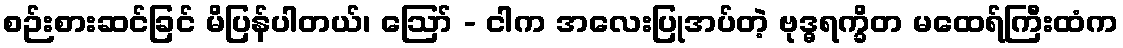
စဉ်းစားဆင်ခြင် မိပြန်ပါတယ်၊ ဪ - ငါက အလေးပြုအပ်တဲ့ ဗုဒ္ဓရက္ခိတ မထေရ်ကြီးထံက